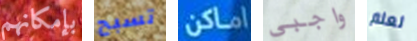
بإمكانهم تسبح اماكن واجبي لعلم